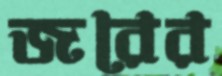
জরের